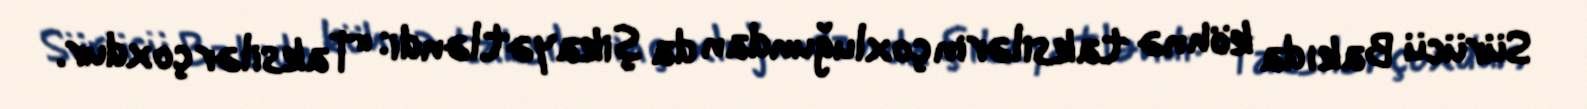
Sürücü Bakıda köhnə taksilərin çoxluğundan da şikayətləndi: “Taksilər çoxdur.